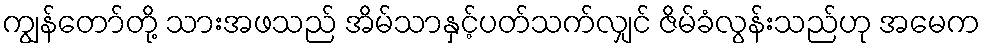
ကျွန်တော်တို့ သားအဖသည် အိမ်သာနှင့်ပတ်သက်လျှင် ဇိမ်ခံလွန်းသည်ဟု အမေက